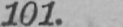
101.